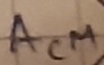
Text: ACM